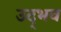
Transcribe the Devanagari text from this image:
उद्‌भव